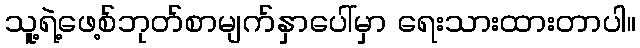
သူ့ရဲ့ဖေ့စ်ဘုတ်စာမျက်နှာပေါ်မှာ ရေးသားထားတာပါ။